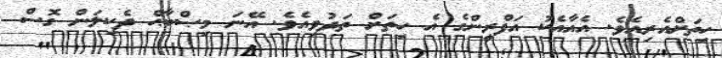
ހިތަށްއެރިއެވެ. އެއާއެކު އަފްރީންގެ އެ ހިތަށް ތަދުވިއެވެ. އޭނަ މިޞްބާޙް ދެކިލަން ގޮސް